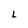
Character: L